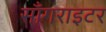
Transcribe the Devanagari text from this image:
साँगराइटर